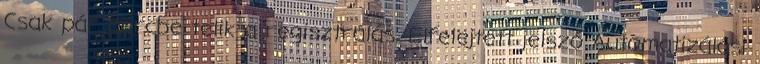
Csak pár percbe telik a regisztrálás. Elfelejtett jelszó Automatizálási